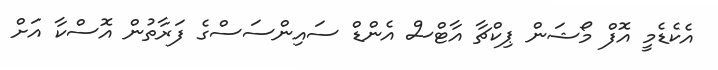
އެކެޑެމީ އޮފް މޯޝަން ޕިކްޗާ އާޓްސް އެންޑް ސައިންސަސްގެ ފަރާތުން އޮސްކާ އަށް